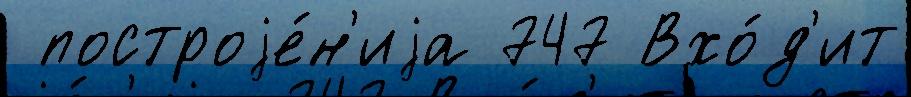
 построjе́н'иjа 747 Вхо́д'ит